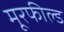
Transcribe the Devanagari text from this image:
मूरफील्ड